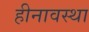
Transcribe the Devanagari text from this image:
हीनावस्था